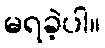
မရခဲ့ပါ။